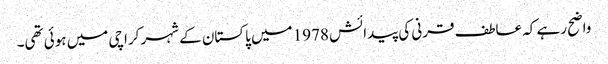
واضح رہے کہ عاطف قرنی کی پیدائش 1978 میں پاکستان کے شہر کراچی میں ہوئی تھی۔